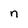
Character: n